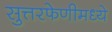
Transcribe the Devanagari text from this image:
सुत्तरफेणीमध्ये